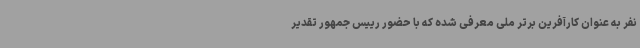
نفر به عنوان کارآفرین برتر ملی معرفی شده که با حضور رییس جمهور تقدیر